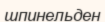
шпинельден